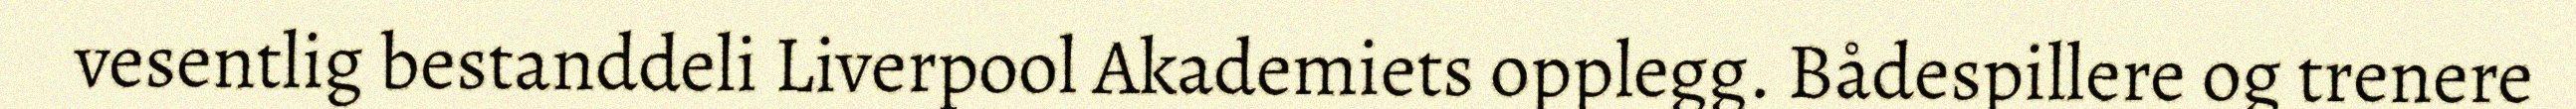
vesentlig bestanddeli Liverpool Akademiets opplegg. Bådespillere og trenere